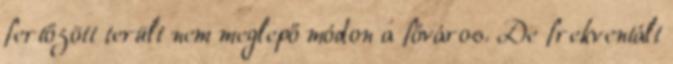
fertőzött terült nem meglepő módon a főváros. De frekventált